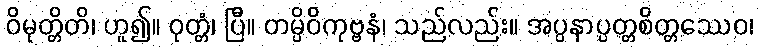
ဝိမုတ္တိတိ၊ ဟူ၍။ ဝုတ္တံ၊ ပြီ။ တမ္ပိဝိကုဗ္ဗနံ၊ သည်လည်း။ အပ္ပနာပ္ပတ္တစိတ္တဿေဝ၊